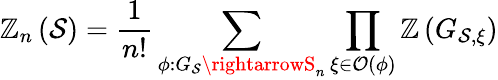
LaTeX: \mathbb{Z}_{n}\left(\mathcal{{S}}\right)=\frac{{1}}{{n!}}\sum_{\phi:G_{\mathcal{{S}}}\rightarrowS_{n}}\prod_{\xi\in\mathcal{{O}}(\phi)}\mathcal{{\mathbb{Z}}}\left(G_{\mathcal{{S}},\xi}\right)